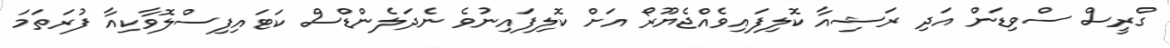
ގްރީސް ސްވިޑަން އަދި ރަޝިއާ ކޮލިފައިވެއްޖެޔޫރޯ އަށް ކޮލިފައިނުވެ ނެދަލެންޑްސް ކަޓައިފިސްލޮވާކިއާ ފުރަތަމަ